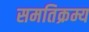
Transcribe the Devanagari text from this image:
समतिक्रम्य